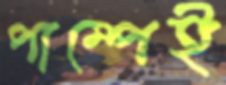
পাম্পেই